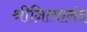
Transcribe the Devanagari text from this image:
श्रीनित्यानंद